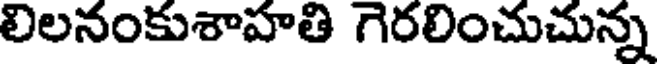
లిలనంకుశాహతి గెరలించుచున్న